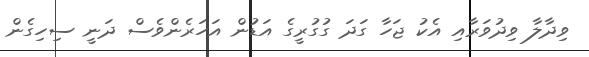
ވިދާލާ ވިދުވަރާއި އެކު ޖަހާ ގަދަ ގުގުރީގެ އަޑުން އަހަރެންވެސް ދަނީ ސިހިގެން